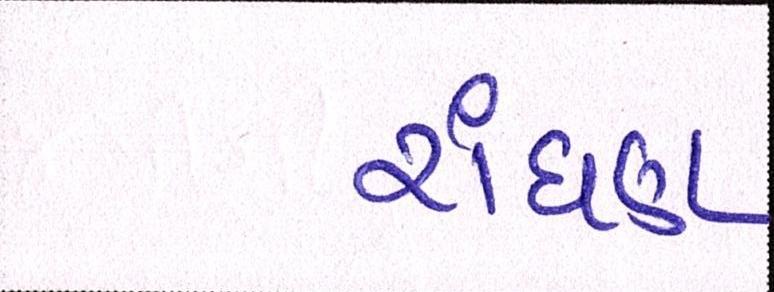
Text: રાંધણ